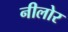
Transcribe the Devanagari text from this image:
नीलोर